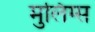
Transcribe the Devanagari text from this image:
मुलिंग्स